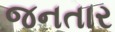
જનતાર